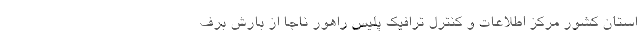
استان کشور مرکز اطلاعات و کنترل ترافیک پلیس راهور ناجا از بارش برف